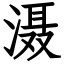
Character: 滠